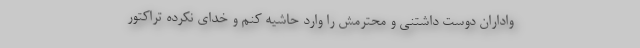
واداران دوست داشتنی و محترمش را وارد حاشیه کنم و خدای نکرده تراکتور